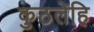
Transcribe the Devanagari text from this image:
कुठलेंहि